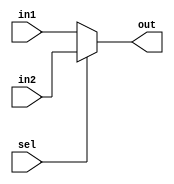
module mux_2to1_32bit (
    input [31:0] in1,
    input [31:0] in2,
    input sel,
    output [31:0] out
);
    assign out = (sel == 1'b0) ? in1 : in2;
endmodule